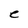
Character: C